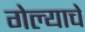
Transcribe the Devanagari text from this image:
गेल्‍याचे